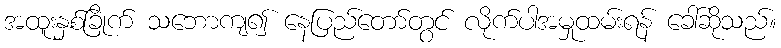
အထူးနှစ်ခြိုက် သဘောကျ၍ နေပြည်တော်တွင် လိုက်ပါအမှုထမ်းရန် ခေါ်ဆိုသည်။